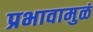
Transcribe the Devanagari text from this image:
प्रभावामुळं